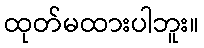
ထုတ်မထားပါဘူး။